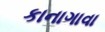
કાનાગાવા